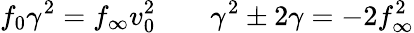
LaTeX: f_{0}\gamma^{2}=f_{\infty}v_{0}^{2}\; \; \; \; \; \; \; \gamma^{2}\pm 2\gamma=-2f_{\infty}^{2}